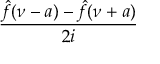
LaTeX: \frac { { \hat { f } } ( \nu - a ) - { \hat { f } } ( \nu + a ) } { 2 i }